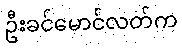
ဦးခင်မောင်လတ်က